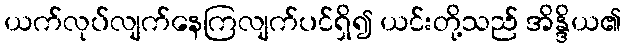
ယက်လုပ်လျက်နေကြလျက်ပင်ရှိ၍ ယင်းတို့သည် အိန္ဒိယ၏